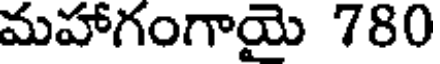
మహాగంగాయై 780